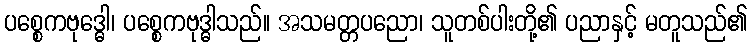
ပစ္စေကဗုဒ္ဓေါ၊ ပစ္စေကဗုဒ္ဓါသည်။ အသမတ္တပညော၊ သူတစ်ပါးတို့၏ ပညာနှင့် မတူသည်၏